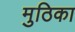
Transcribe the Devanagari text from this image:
मुठिका